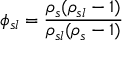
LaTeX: \phi _ { s l } = { \frac { \rho _ { s } ( \rho _ { s l } - 1 ) } { \rho _ { s l } ( \rho _ { s } - 1 ) } }